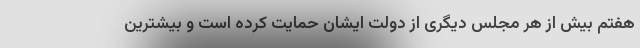
هفتم بیش از هر مجلس دیگری از دولت ایشان حمایت کرده است و بیشترین